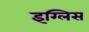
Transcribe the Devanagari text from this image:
इग्लिस